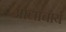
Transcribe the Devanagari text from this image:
आद्याचार्य